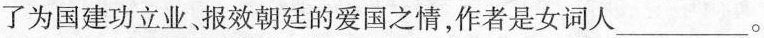
了为国建功立业报效朝廷的爱国之情，作者是女词人___。